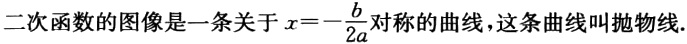
二次函数的图像是一条关于\(x = -\frac{b}{2a}\)对称的曲线，这条曲线叫抛物线.